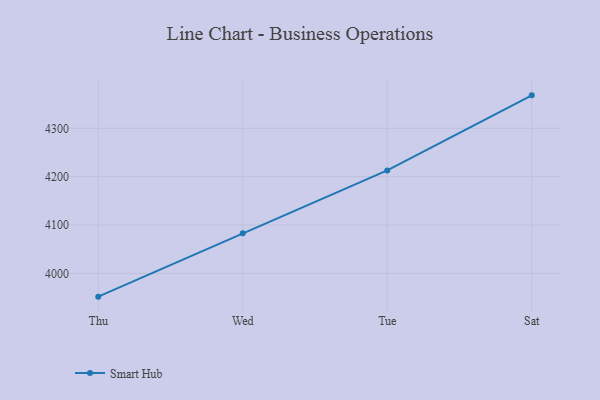
{"axis": {"x": "Day", "y": "Satisfaction Score"}, "legend": ["Smart Hub"], "data": [{"x": "Thu", "y": 3951.9, "type": "Smart Hub"}, {"x": "Wed", "y": 4082.9, "type": "Smart Hub"}, {"x": "Tue", "y": 4213.0, "type": "Smart Hub"}, {"x": "Sat", "y": 4368.2, "type": "Smart Hub"}]}